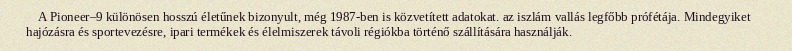
A Pioneer–9 különösen hosszú életűnek bizonyult, még 1987-ben is közvetített adatokat. az iszlám vallás legfőbb prófétája. Mindegyiket hajózásra és sportevezésre, ipari termékek és élelmiszerek távoli régiókba történő szállítására használják.